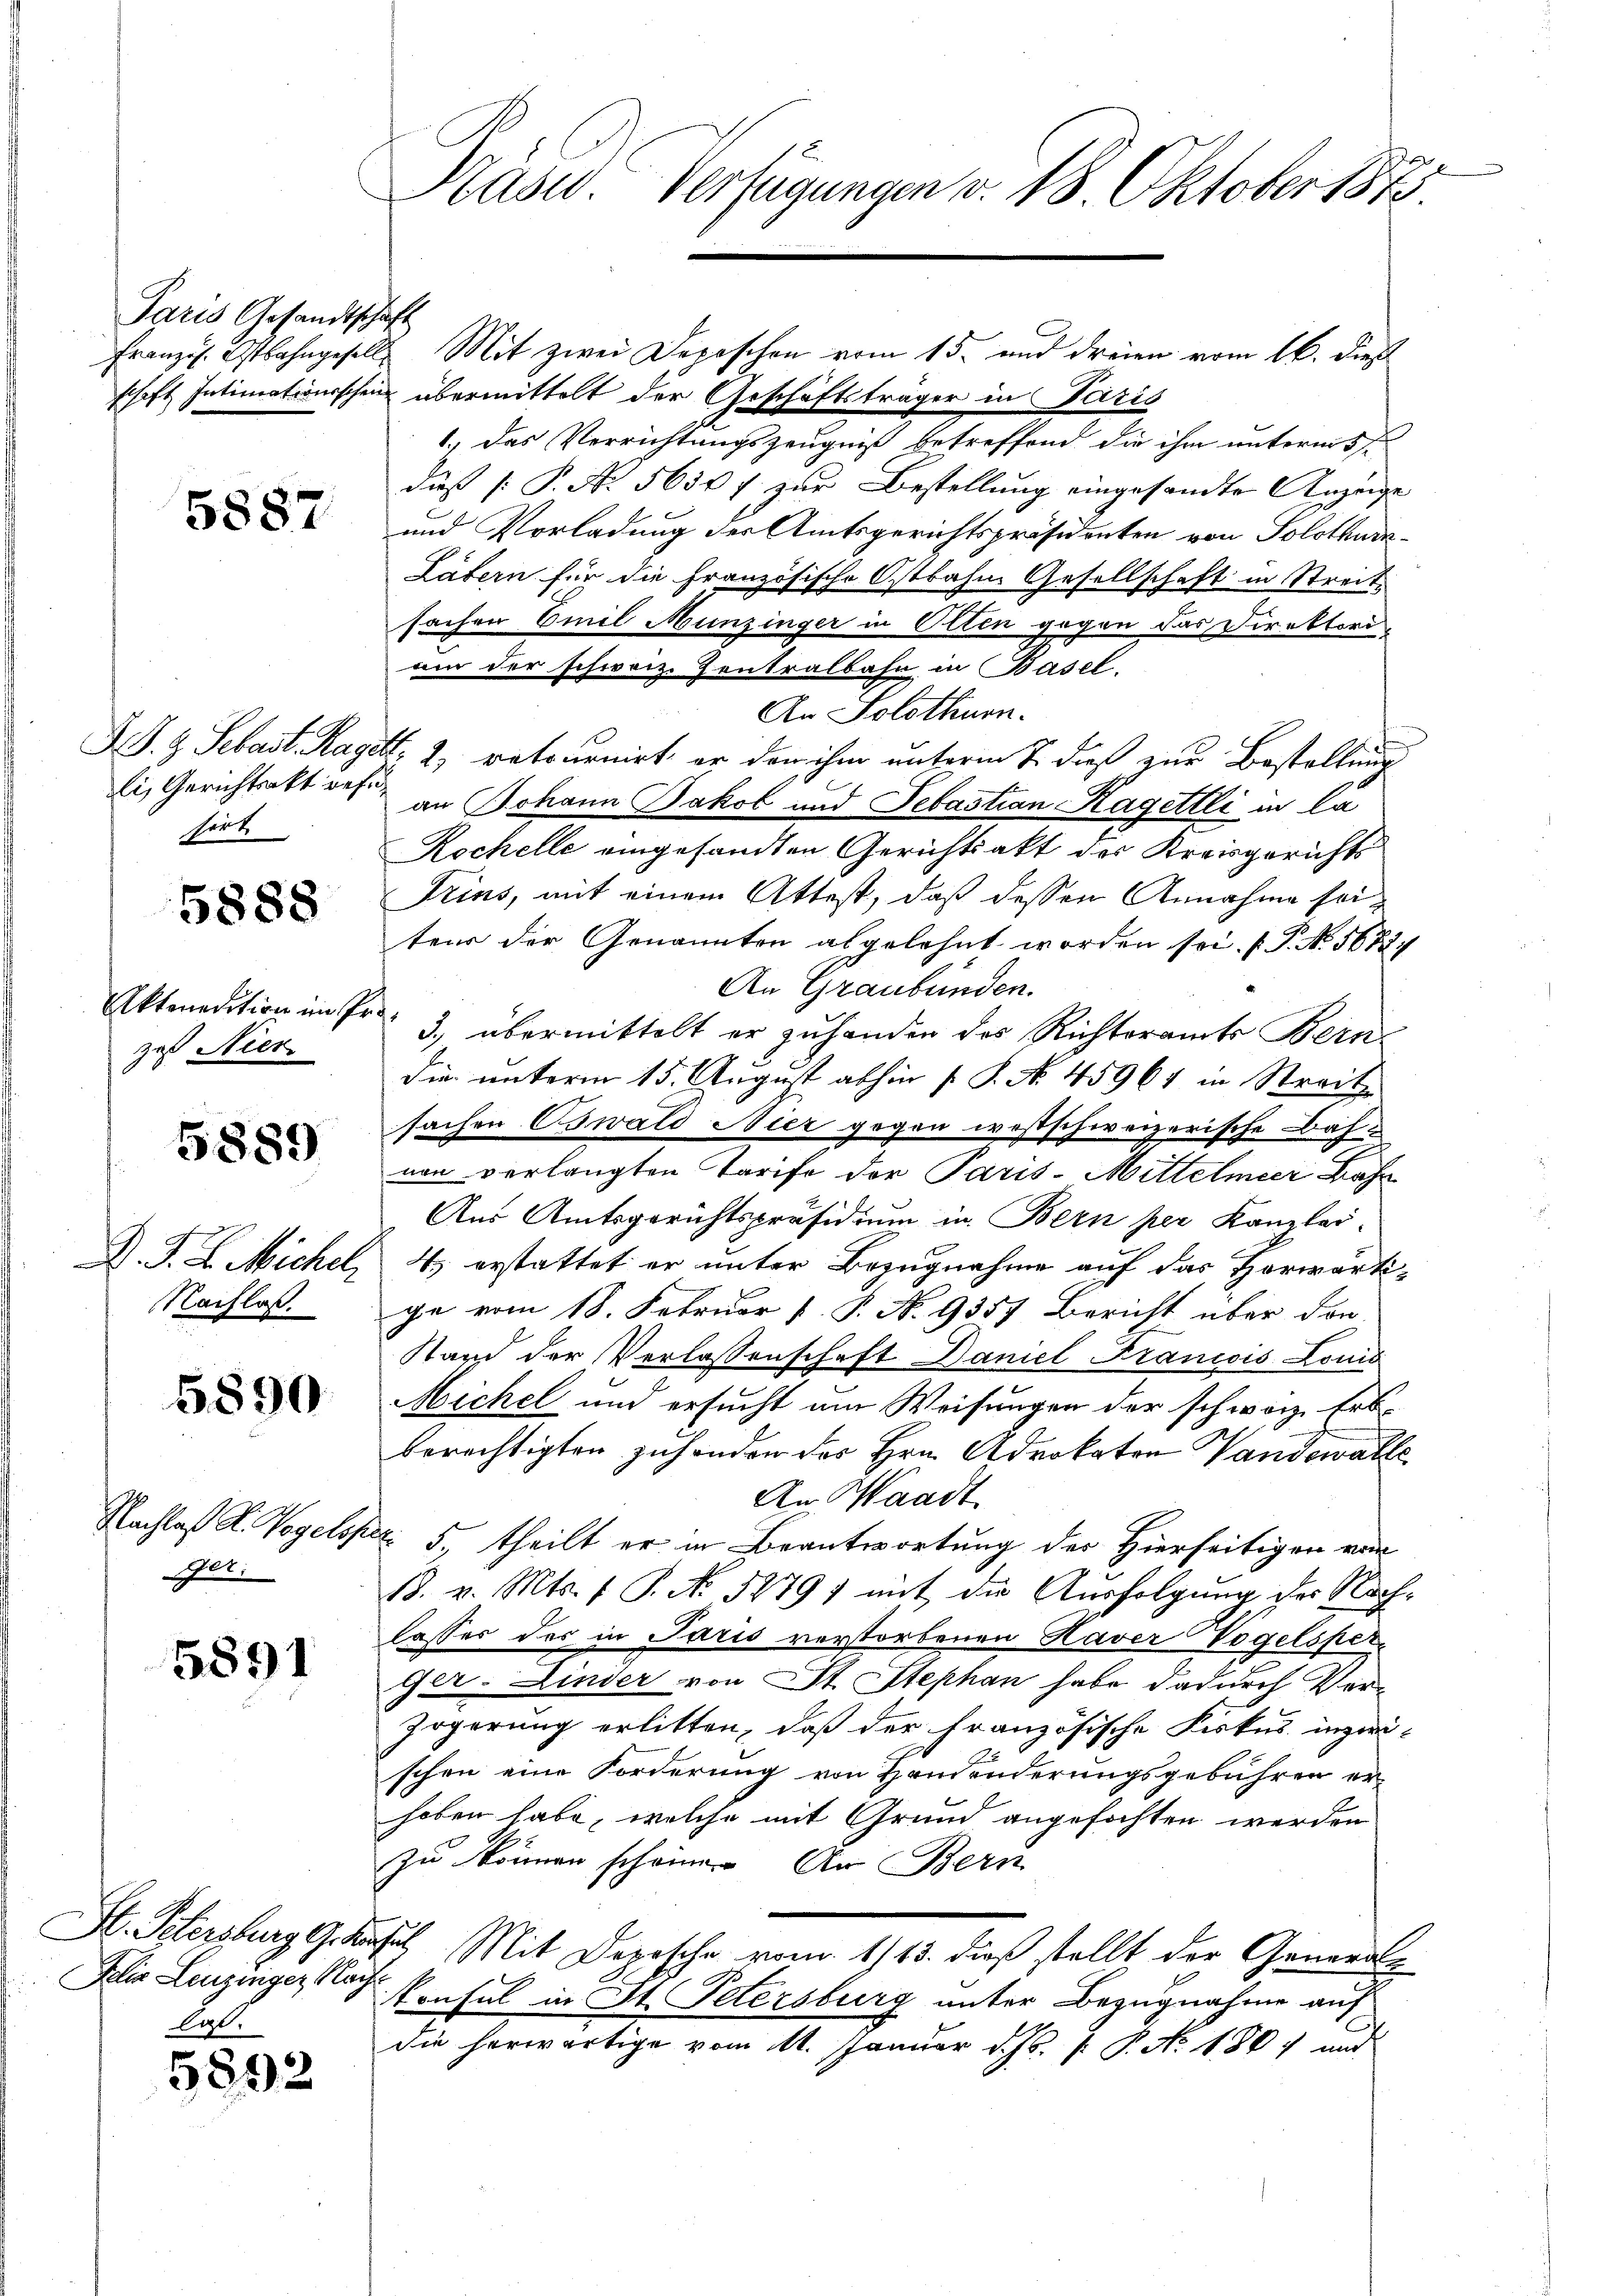
Paris Gesandtschaft

5887

i, Gerichtsakt refe
heit

5888

Aktenedition im Pr
zaß Nier.

5889

D. J. L. Michel,
Nachlaß.

5890

Nachlaß d. Vogelis
Ger.

5891

St. Petersburg 9. den
Jelis Leuzinger Nacht
lgl.

5892

Prüse Verfügungen v. 18. Oktober 1873.

französ. Ostbahngesells Mit zwei Depeschen vom 15. und dreien vom 16. dieß
schaft Intimationsschein übermittelt der Geschäftsträger in Paris
1., das Verrichtungszeugniß betreffend die ihm unterm 5ten
duß [P. No. 5650 f zur Bestellung eingesandte Anzeige
und Verladung der Amtsgerichtspräsidenten von Solothurn¬
Lätern für die Französische Ostbahne Gesellschaft in Streits
sachen Emil Munzinger in Olten gegen das Direktorium der schweiz. Zentralbahn in Basel,
An Solothurn.
J S. z. Sebast. Hagelt, 2 retournirt, er den ihm unterm 7. dieß zur Bestellung
an Johann Jakob und Sebastian Hagetlli in la
Rochelle eingesandten Gerichtsakt des Kreisgerichts
Frins, mit einem Attest, daß dessen Annahme seiteur der Genannten abgelehnt worden sei. (T. No 1622.
An Graubünden.
.
3. übermittelt er zuhanden das Richteramts Bern-
die unterm 15. August abhin 1 S. No. 45961 in Streit
sachen Oswald Nier gegen westschweizerische Bahvon verlangten Tarife der Paris-Mittelmeer Bahn
Aus Amtsgerichtspräsidium in Bern per Kanzlei-
4. erstattet er unter Bezugnahme auf das Horwärtige vom 18. Februar  P. N. 9357 Bericht über den
Stand der Verlassenschaft Daniel Francois Louis
Michel und ersucht um Weisungen der schweiz. Erb-
berechtigten zuhanden des Hrn. Advokaten Vandewalle
An Waadt
 5 theilt er in Beantwortung der Hierseitigen von
18. v. Mts. f. P. No. 5279) mit die Ausfolgung der Nachlasses des in Paris verstorbenen Haver Vogelsper¬
Ger-Linder von St. Stephan habe dadurch Ver¬
Zögerung erlitten, daß der französische Fiskus inzwischen eine Forderung von Handenderungsgebühren erhaben habe, welche mit Grund angefochten werden
zu können scheine. An Bern
sus Mit Derrsche vom 1/13. dieß stellt der Generalkonsul in St. Petersburg unter Bezugnahme auf
die herwärtige vom 11. Januar d. Js. P. P. No. 1867 und